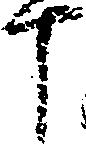
十